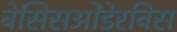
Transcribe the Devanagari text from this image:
बेसिसओंडेरविस